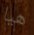
هيا